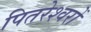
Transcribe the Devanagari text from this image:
पितरेश्वरों